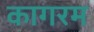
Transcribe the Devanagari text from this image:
कागरम